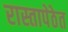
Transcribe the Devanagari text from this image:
रास्तापेठेत